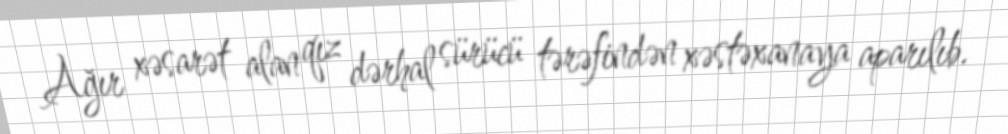
Ağır xəsarət alan qız dərhal sürücü tərəfindən xəstəxanaya aparılıb.